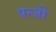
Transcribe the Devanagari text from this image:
पन्जी